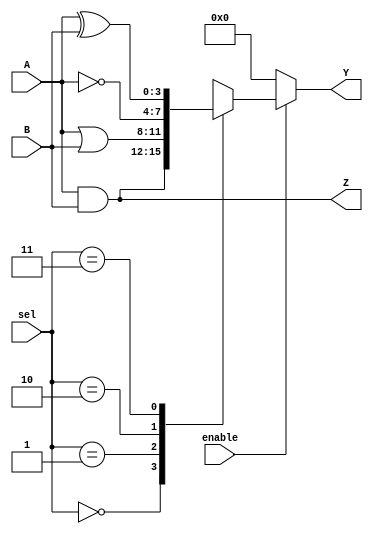
module combinational_logic_block (
    input wire [3:0] A,          // 4-bit input signal A
    input wire [3:0] B,          // 4-bit input signal B
    input wire [1:0] sel,        // 2-bit select signal for multiplexer
    input wire enable,            // Enable signal
    output wire [3:0] Y,         // 4-bit output signal Y
    output wire [3:0] Z          // Additional output signal Z
);

// Internal signals
wire [3:0] and_out;            // AND gate output
wire [3:0] or_out;             // OR gate output
wire [3:0] not_out;            // NOT gate output
wire [3:0] xor_out;            // XOR gate output
wire [3:0] mux_out;            // Multiplexer output

// Logic Gates
assign and_out = A & B;        // AND operation
assign or_out = A | B;         // OR operation
assign not_out = ~A;           // NOT operation
assign xor_out = A ^ B;        // XOR operation

// Multiplexer
always @(*) begin
    case (sel)
        2'b00: mux_out = and_out; // Select AND output
        2'b01: mux_out = or_out;  // Select OR output
        2'b10: mux_out = not_out; // Select NOT output
        2'b11: mux_out = xor_out; // Select XOR output
        default: mux_out = 4'b0000; // Default case
    endcase
end

// Output Logic with Enable Control
assign Y = enable ? mux_out : 4'b0000; // Output Y is controlled by enable
assign Z = and_out;                     // Output Z is the AND operation result

endmodule